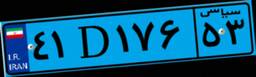
۴۱D۱۷۶۵۳